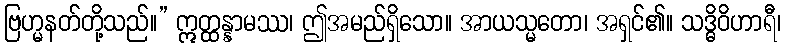
ဗြဟ္မနတ်တို့သည်။” ဣတ္ထန္နာမဿ၊ ဤအမည်ရှိသော။ အာယသ္မတော၊ အရှင်၏။ သဒ္ဓိဝိဟာရီ၊